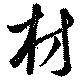
材